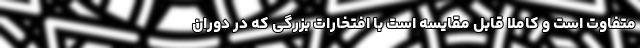
متفاوت است و کاملا قابل مقایسه است با افتخارات بزرگی که در دوران